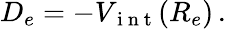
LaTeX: D_{e}=-V_{\mathrm{~i~n~t~}}(R_{e})\, .